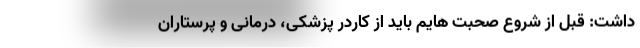
داشت: قبل از شروع صحبت هایم باید از کاردر پزشکی، درمانی و پرستاران